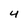
Character: 4